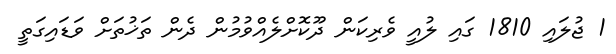
1 ޖުލައި 1810 ގައި ލުއީ ވެރިކަން ދޫކޮށްލެއްވުމުން ދެން ތަޚުތަށް ވަޑައިގަތީ